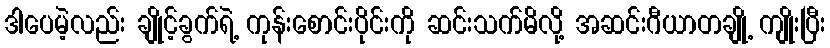
ဒါပေမဲ့လည်း ချိုင့်ခွက်ရဲ့ ကုန်းစောင်းပိုင်းကို ဆင်းသက်မိလို့ အဆင်းဂီယာတချို့ ကျိုးပြီး